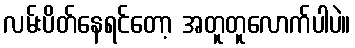
လမ်းပိတ်နေရင်တော့ အတူတူလောက်ပါပဲ။